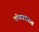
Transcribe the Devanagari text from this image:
कोकालताश